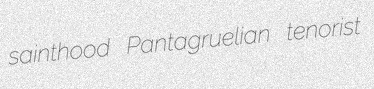
sainthood Pantagruelian tenorist